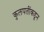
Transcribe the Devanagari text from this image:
कुलपतींकडून